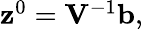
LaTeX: \begin{array}{r}{{\mathbf z}^{0}={\mathbf V}^{-1}{\mathbf b},}\end{array}